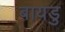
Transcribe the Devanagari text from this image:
बायडु